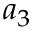
a _ { 3 }